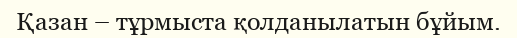
Қазан – тұрмыста қолданылатын бұйым.